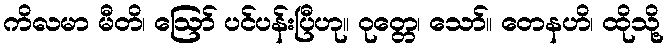
ကိလမာ မီတိ၊ ဩော် ပင်ပန်းပြီဟု။ ဝုတ္တေ၊ သော်။ တေနဟိ၊ ထိုသို့